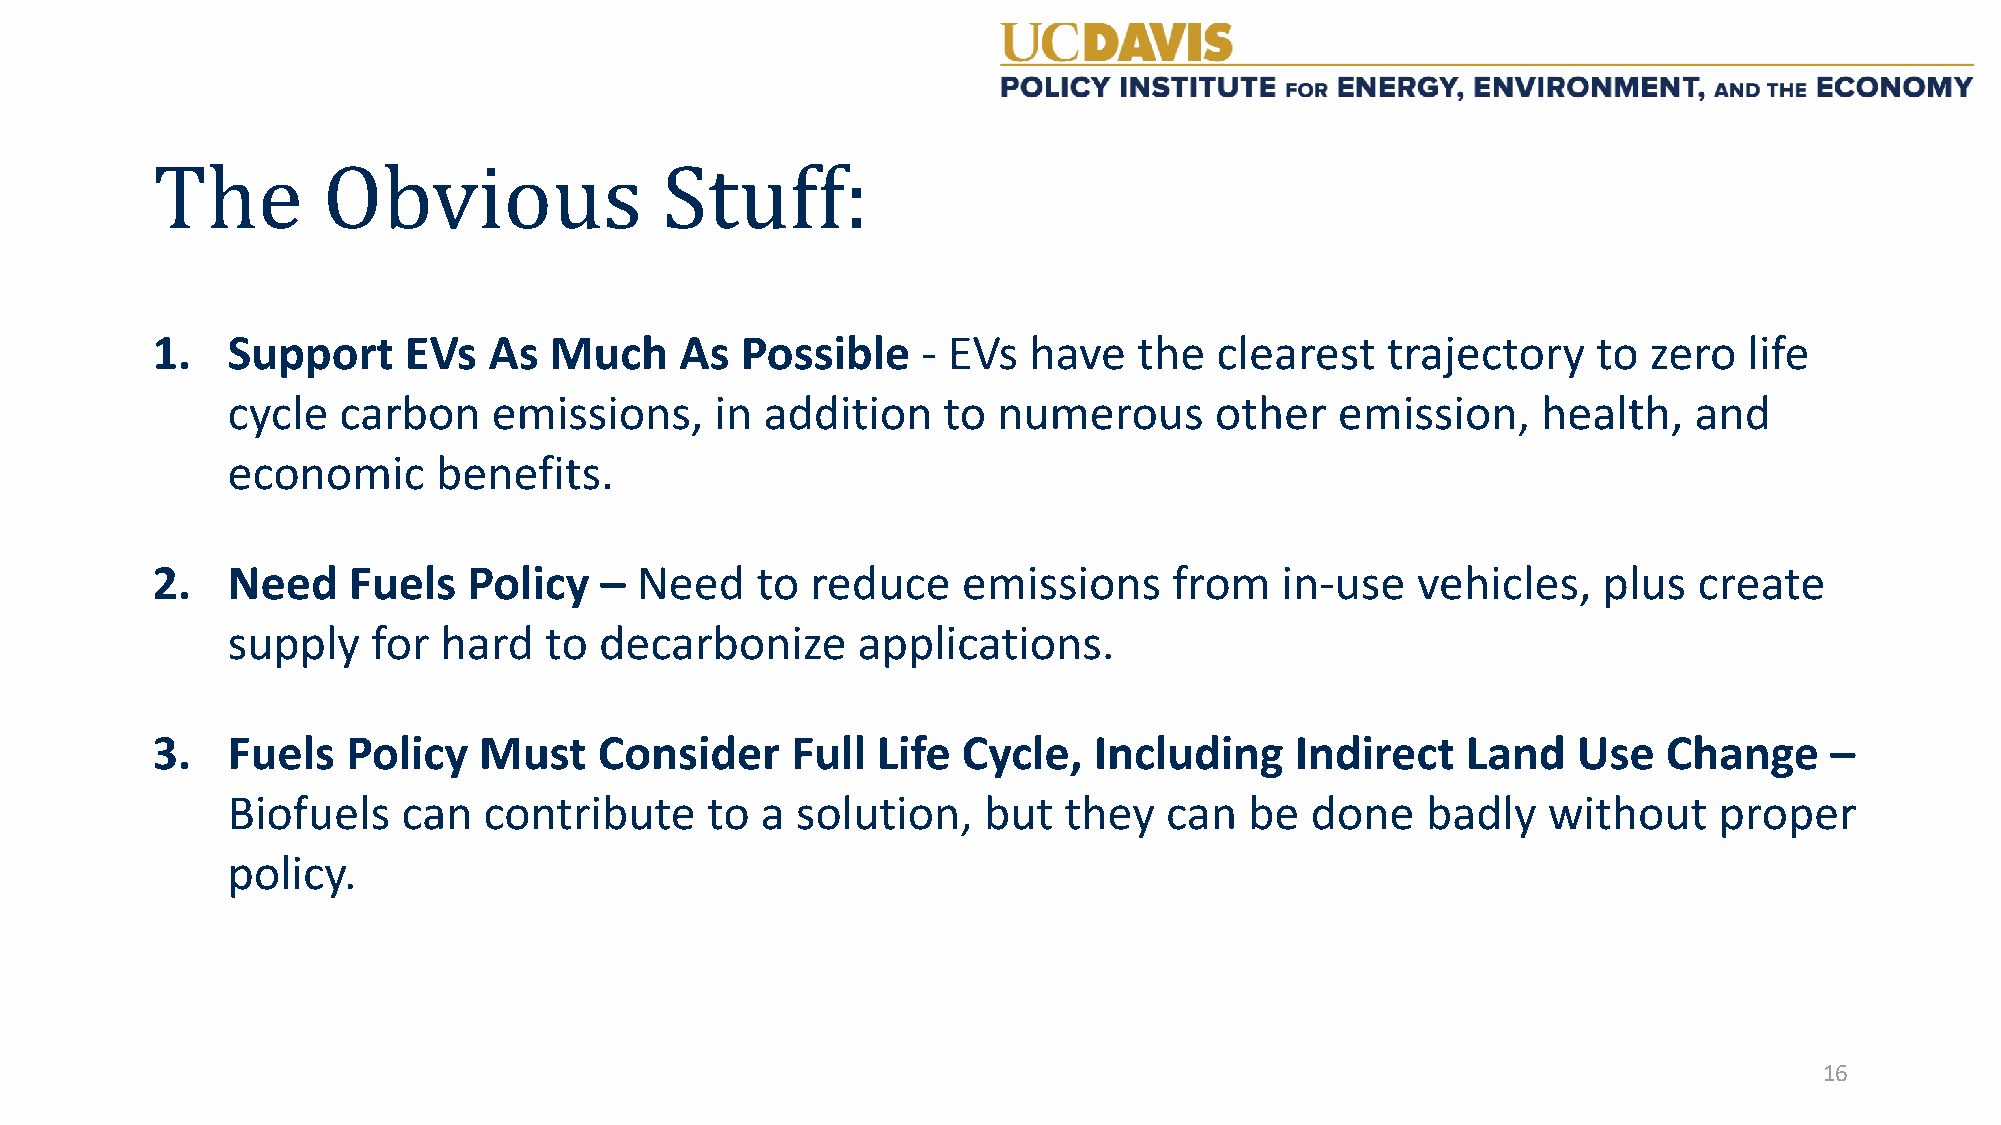
1.   Support     EVs  As  Much     As  Possible    - EVs  have   the  clearest    trajectory    to zero   life
 The        Obvious                Stuff:
 cycle  carbon     emissions,    in  addition   to  numerous      other    emission,    health,   and
 economic      benefits.
 2.   Need    Fuels   Policy   – Need    to  reduce    emissions     from   in-use   vehicles,   plus  create
 supply    for hard   to  decarbonize      applications.
 3.   Fuels   Policy   Must    Consider    Full  Life  Cycle,  Including     Indirect   Land   Use   Change     –
 Biofuels    can  contribute     to a  solution,   but  they   can   be  done   badly   without     proper
 policy.
 16